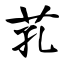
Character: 芤